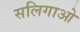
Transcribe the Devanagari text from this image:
सलिगाओ